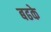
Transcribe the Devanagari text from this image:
बढके